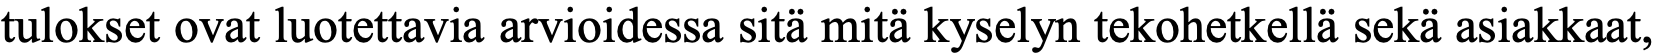
tulokset ovat luotettavia arvioidessa sitä mitä kyselyn tekohetkellä sekä asiakkaat,